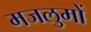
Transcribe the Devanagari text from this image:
मजलुमों